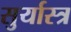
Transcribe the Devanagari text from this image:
सुर्यास्त्र